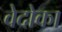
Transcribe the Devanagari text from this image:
वेदोका